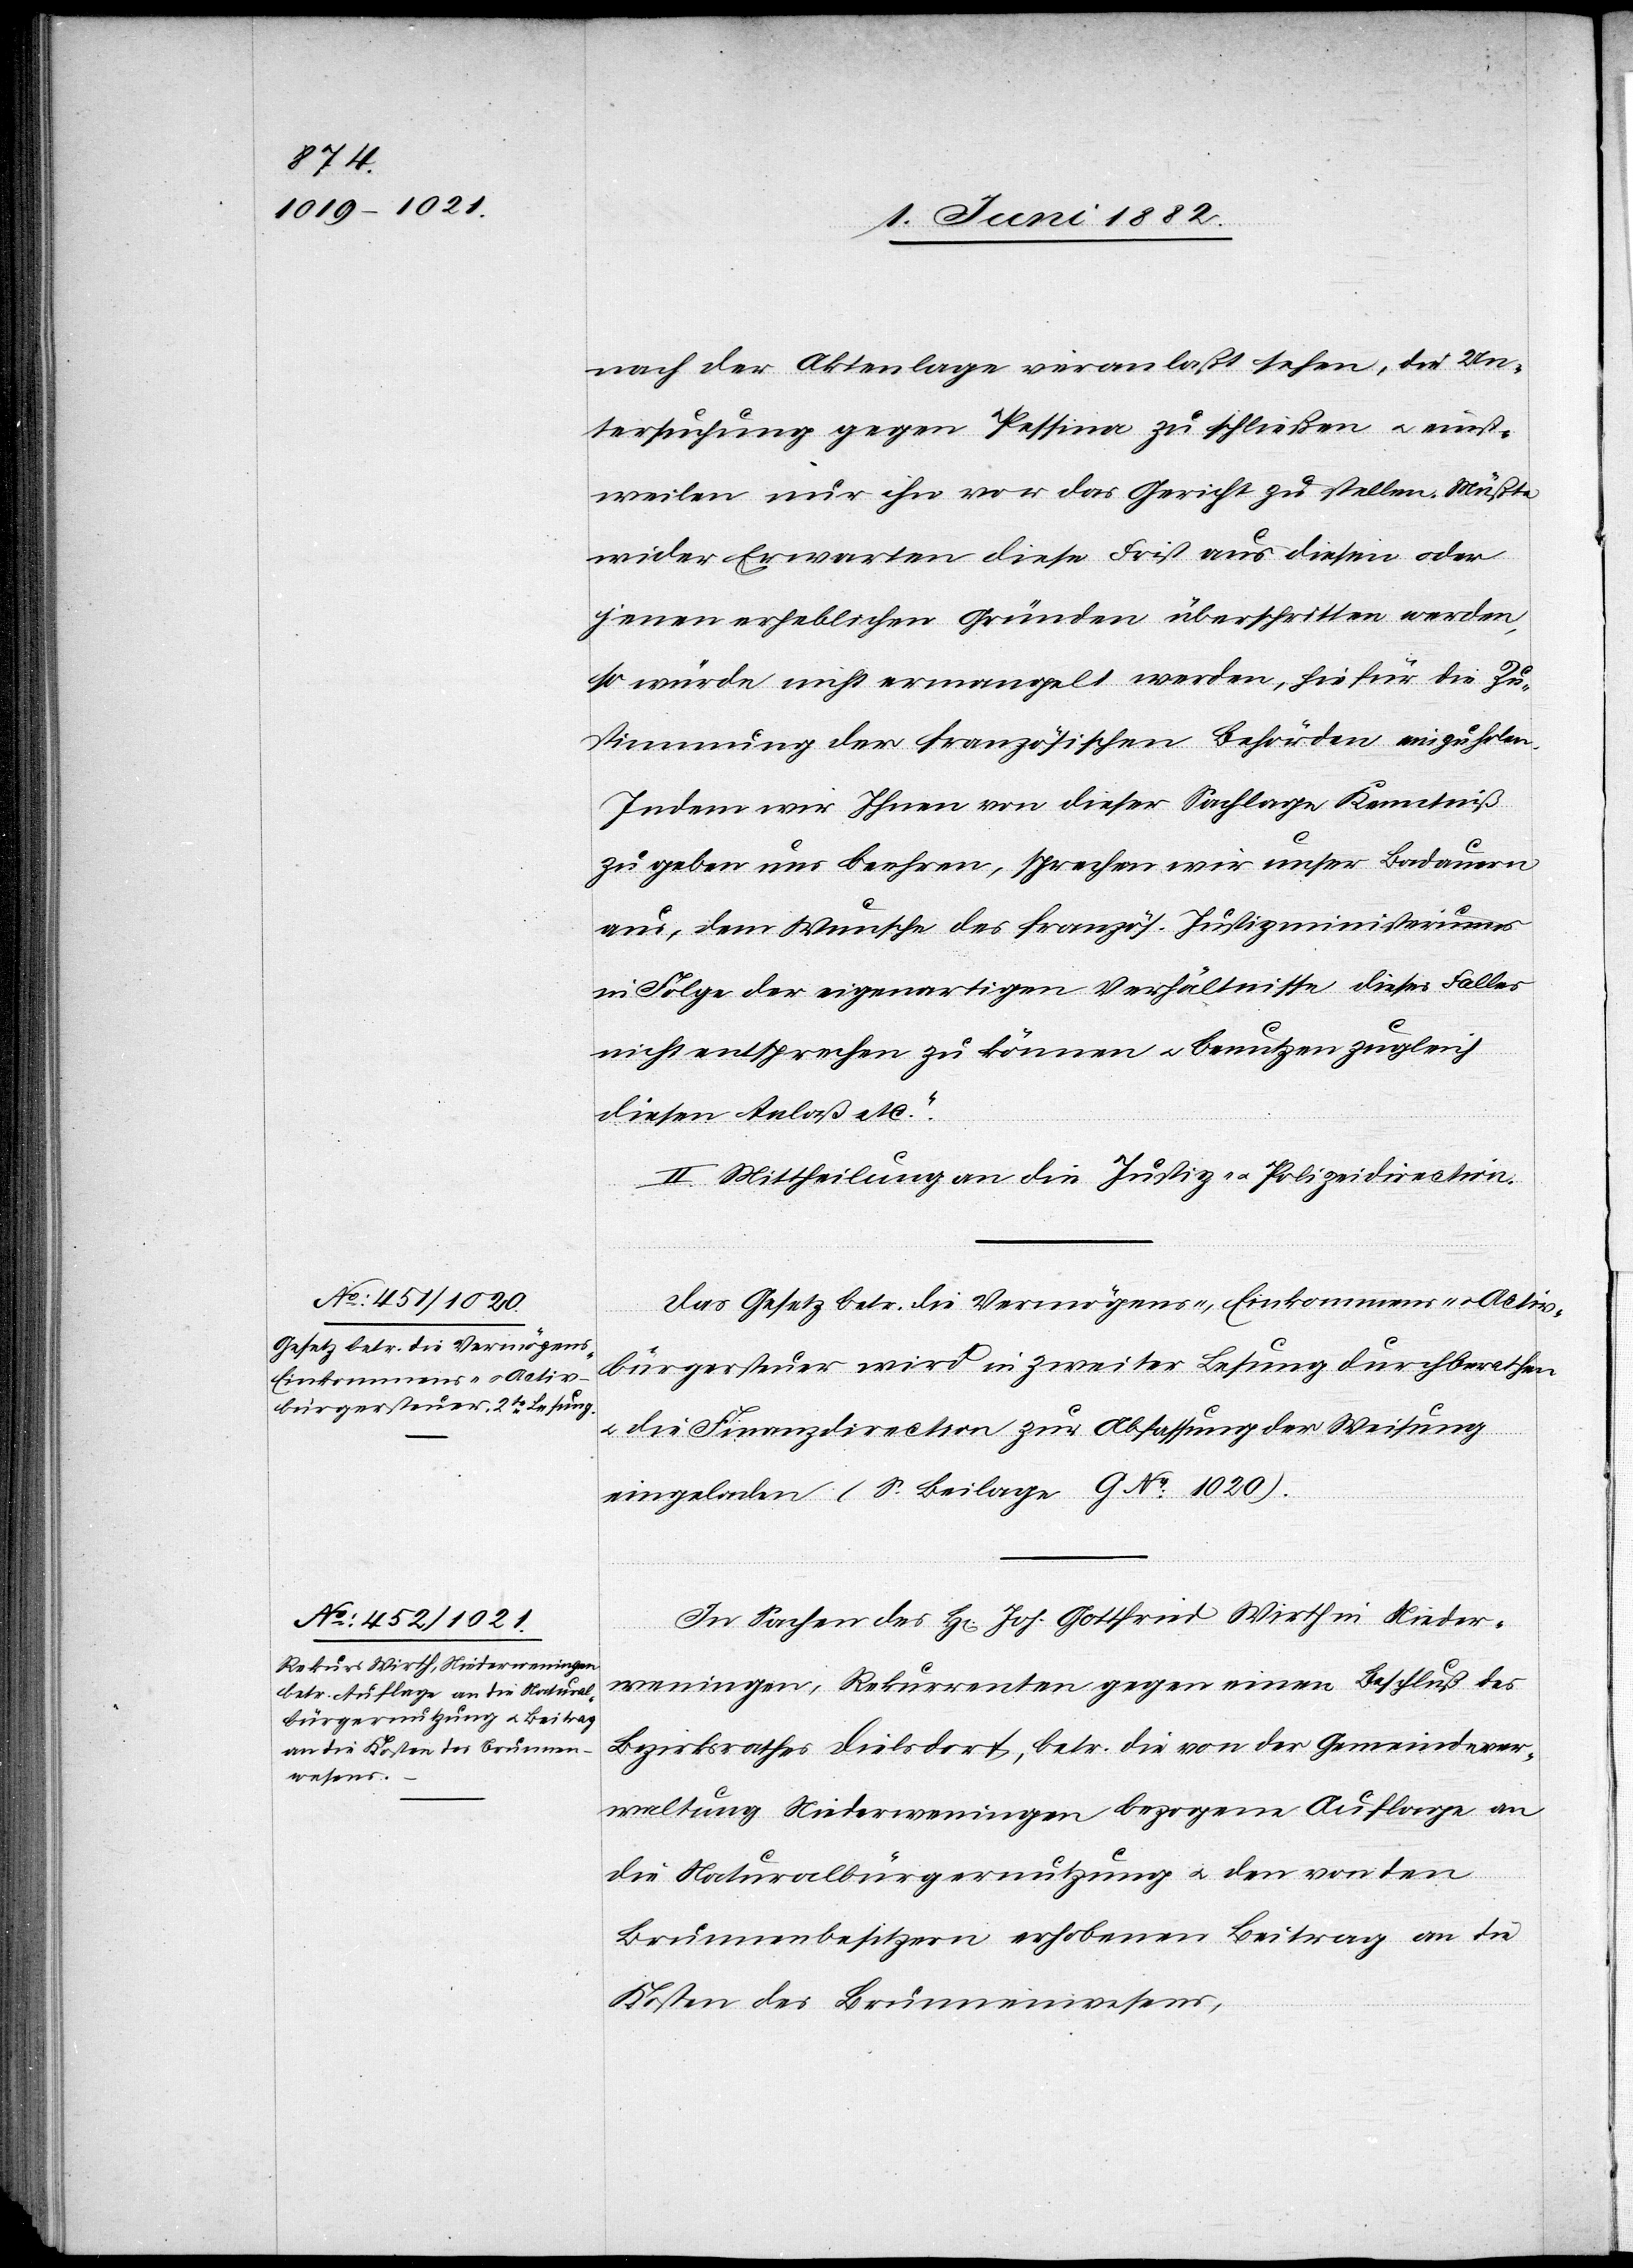
nach der Aktenlage veranlaßt sehen, die Un¬
tersuchung gegen Pessina zu schließen u. einst¬
weilen nur ihn vor das Gericht zu stellen. Müßte
wider Erwarten diese Frist aus diesem oder
jenen erheblichen Gründen überschritten werden,
so würde nicht ermangelt werden, hiefür die Zu¬
stimmung der französischen Behörden einzuholen.
Indem wir Ihnen von dieser Sachlage Kenntniß
zu geben uns beehren, sprechen wir unser Bedauern
aus, dem Wunsche des französ. Justizministeriums
in Folge der eigenartigen Verhältnisse dieses Falles
nicht entsprechen zu können u. benutzen zugleich
diesen Anlaß etc.“
II. Mittheilung an die Justiz- u. Polizeidirection.
Das Gesetz betr. die Vermögens-, Einkommens- u. Activ¬
bürgersteuer wird in zweiter Lesung durchberathen
u. die Finanzdirection zur Abfassung der Weisung
eingeladen (S. Beilage G No 1020).
In Sachen des H[rn]. Joh. Gottfried Wirth in Nieder¬
weningen, Rekurrenten gegen einen Beschluß des
Bezirksrathes Dielsdorf, betr. die von der Gemeindever¬
waltung Niederweningen bezogene Auflage an
die Naturalbürgernutzung u. den von den
Brunnenbesitzern erhobenen Beitrag an die
Kosten des Brunnenwesens,